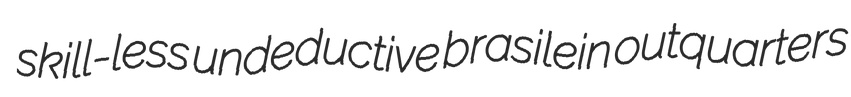
skill-less undeductive brasilein outquarters